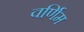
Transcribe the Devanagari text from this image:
वर्णिम